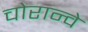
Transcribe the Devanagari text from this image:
चोरान्वे